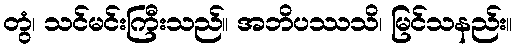
တွံ၊ သင်မင်းကြီးသည်။ အဘိပဿသိ၊ မြင်သနည်း။